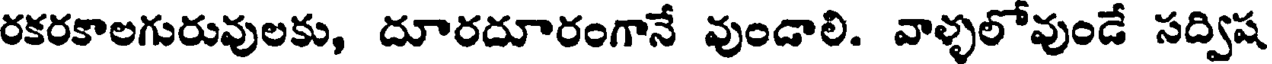
రకరకాలగురువులకు, దూరదూరంగానే వుండాలి. వాళ్ళలోవుండే సద్విష